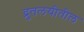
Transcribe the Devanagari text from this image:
द्रुतलयीतील